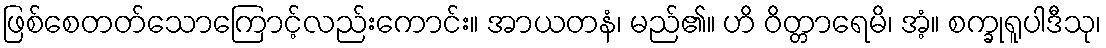
ဖြစ်စေတတ်သောကြောင့်လည်းကောင်း။ အာယတနံ၊ မည်၏။ ဟိ ဝိတ္တာရေမိ၊ အံ့။ စက္ခုရူပါဒီသု၊